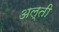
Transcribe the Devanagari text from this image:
अल्ती